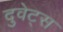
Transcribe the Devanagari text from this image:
दुवेट्स